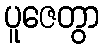
ပူဇေတွာ